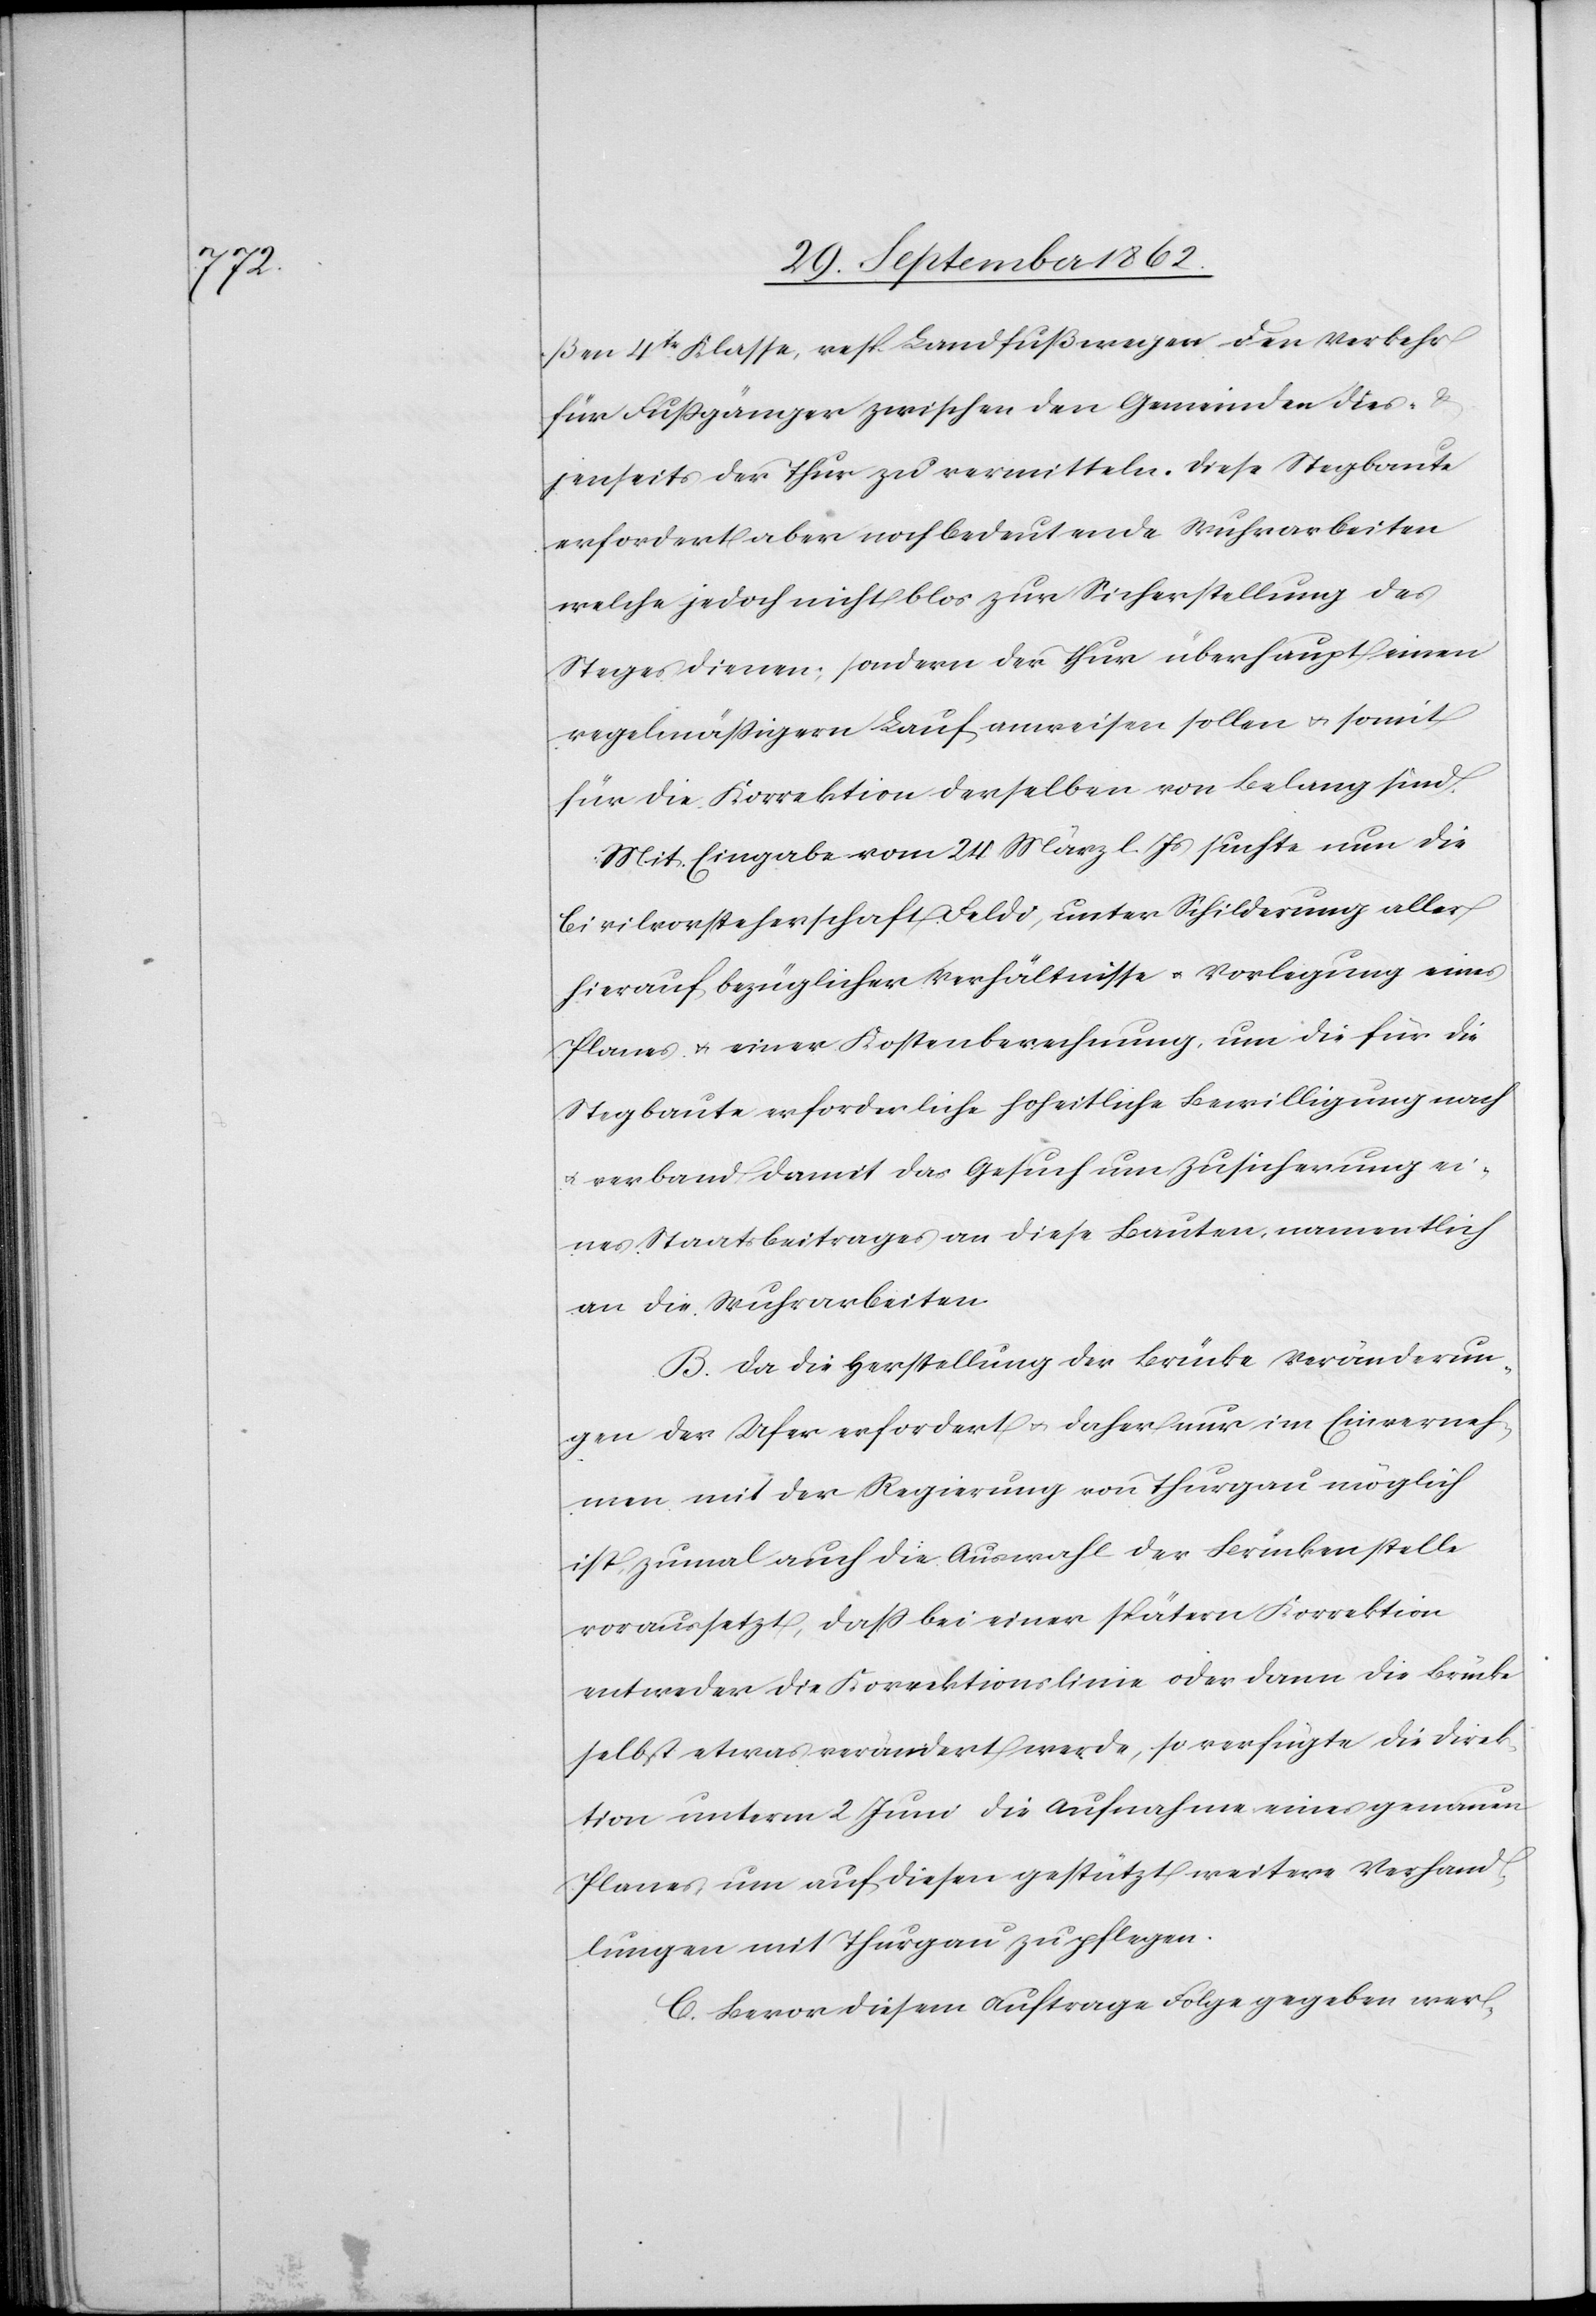
ßen 4ter Klasse, resp. Landfußwegen den Verkehr
für Fußgänger zwischen den Gemeinden dies-
jenseits der Thur zu vermitteln. Diese Stegbaute
erfordert aber noch bedeutende Wuhrarbeiten
welche jedoch nicht blos zur Sicherstellung des
Steges dienen, sondern der Thur überhaupt einen
regelmäßigern Lauf anweisen sollen u. somit
für die Korrektion derselben von Belang sind.
Mit Eingabe vom 24. März l. Js. suchte nun die
Civilvorstherschaft Feldi, unter Schilderung aller
hierauf bezüglicher Verhältnisse u. Vorlegung eines
Planes u. einer Kostenberechnung, um die für die
Stegbaute erforderliche hoheitliche Bewilligung nach
u. verband damit das Gesuch um Zusicherung ei¬
nes Staatsbeitrages an diese Bauten, namentlich
an die Wuhrarbeiten.
B. Da die Herstellung der Brücke Veränderun¬
gen der Ufer erfordert u. daher nur im Einverneh¬
men mit der Regierung von Thurgau möglich
ist, zumal auch die Auswahl der Brückenstelle
voraussetzt, daß bei einer spätern Korrektion
entweder die Korrektionslinie oder dann die Brücke
selbst etwas verändert werde, so verfügte die Direk¬
tion unterm 2. Juni die Aufnahme eines genauen
Planes, um auf diesen gestützt weitere Verhand¬
lungen mit Thurgau zu pflegen.
C. Bevor diesem Auftrage Folge gegeben wer-